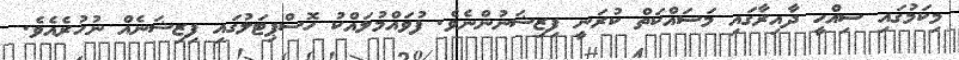
މިކަމުގައި ސިއްހީ ދާއިރާގައި މަސައްކަތް ކުރަނީ ފިޒިޝަނުންނެވެ. ފުވައްމުލައްކު ހޮސްޕިޓަލުގައި ފިޒިޝަނެއް ނުހުރެއެވެ.